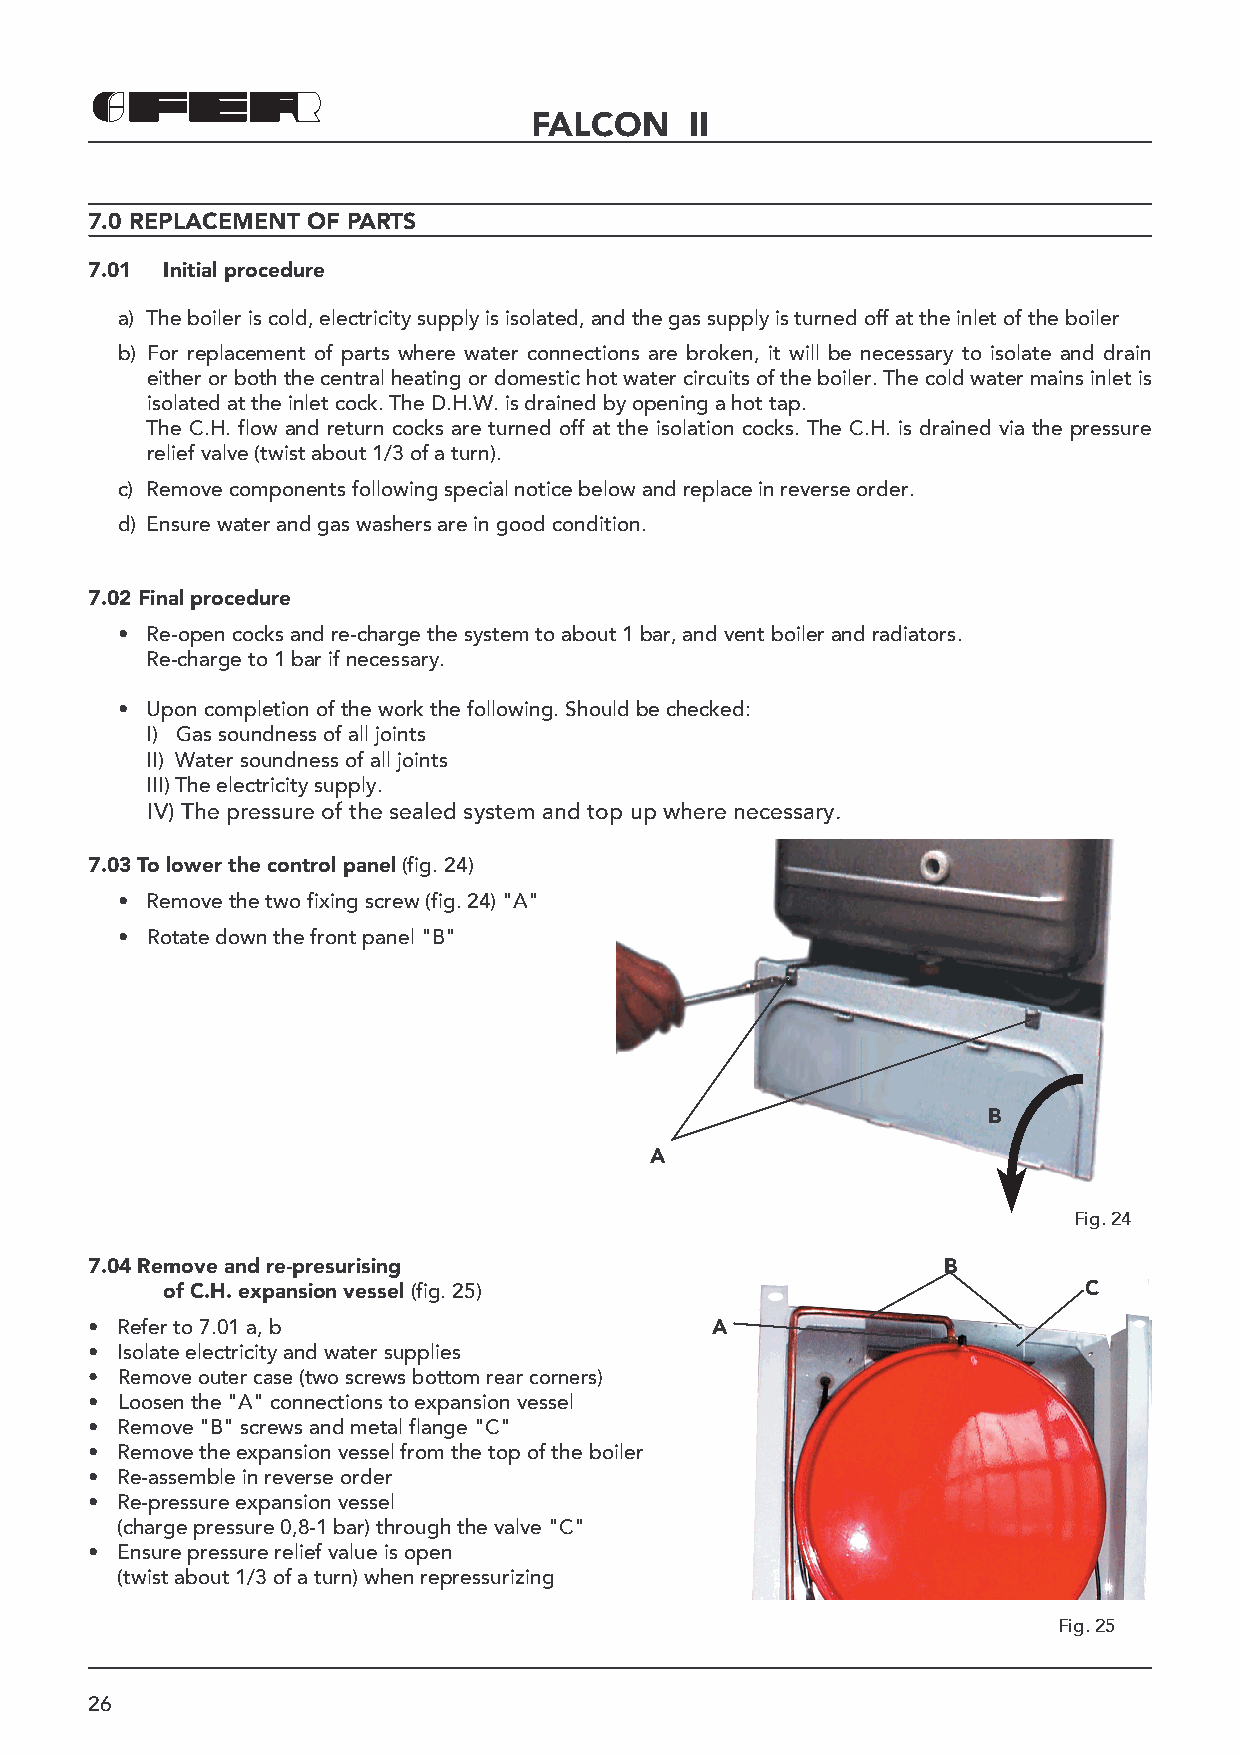
FALCON     II
 7.0 REPLACEMENT OF PARTS
 7.01 Initial procedure
 a) The boiler is cold, electricity supply is isolated, and the gas supply is turned off at the inlet of the boiler
 b) For replacement of parts where water connections are broken, it will be necessary to isolate and drain
 either or both the central heating or domestic hot water circuits of the boiler. The cold water mains inlet is
 isolated at the inlet cock. The D.H.W. is drained by opening a hot tap.
 The C.H. flow and return cocks are turned off at the isolation cocks. The C.H. is drained via the pressure
 relief valve (twist about 1/3 of a turn).
 c) Remove components following special notice below and replace in reverse order.
 d) Ensure water and gas washers are in good condition.
 7.02 Final procedure
 • Re-open cocks and re-charge the system to about 1 bar, and vent boiler and radiators.
 Re-charge to 1 bar if necessary.
 • Upon completion of the work the following. Should be checked:
 I) Gas soundness of all joints
 II) Water soundness of all joints
 III) The electricity supply.
 IV) The pressure of the sealed system and top up where necessary.
 7.03 To lower the control panel (fig. 24)
 • Remove the two fixing screw (fig. 24) "A"
 • Rotate down the front panel "B"
 B
 A
 Fig. 24
 7.04 Remove and re-presurising                           B
 of C.H. expansion vessel (fig. 25)                           C
 • Refer to 7.01 a, b                     A
 • Isolate electricity and water supplies
 • Remove outer case (two screws bottom rear corners)
 • Loosen the "A" connections to expansion vessel
 • Remove "B" screws and metal flange "C"
 • Remove the expansion vessel from the top of the boiler
 • Re-assemble in reverse order
 • Re-pressure expansion vessel
 (charge pressure 0,8-1 bar) through the valve "C"
 • Ensure pressure relief value is open
 (twist about 1/3 of a turn) when repressurizing
 Fig. 25
 26